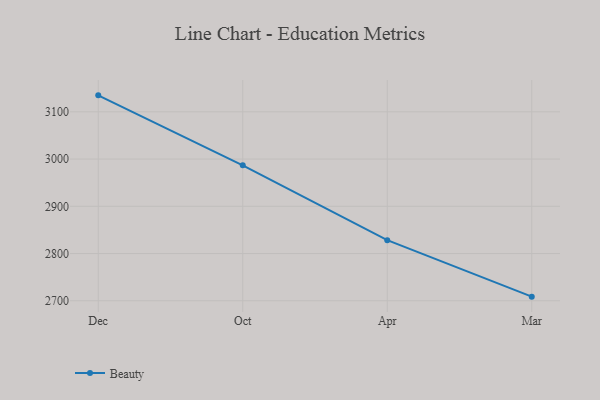
{"axis": {"x": "Month", "y": "Customer Acquisition Cost (USD)"}, "legend": ["Beauty"], "data": [{"x": "Dec", "y": 3134.9, "type": "Beauty"}, {"x": "Oct", "y": 2986.7, "type": "Beauty"}, {"x": "Apr", "y": 2828.2, "type": "Beauty"}, {"x": "Mar", "y": 2708.7, "type": "Beauty"}]}